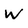
Character: w